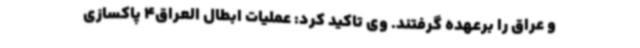
و عراق را برعهده گرفتند. وی تاکید کرد: عملیات ابطال العراق4 پاکسازی